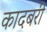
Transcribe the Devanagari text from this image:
कादबरी